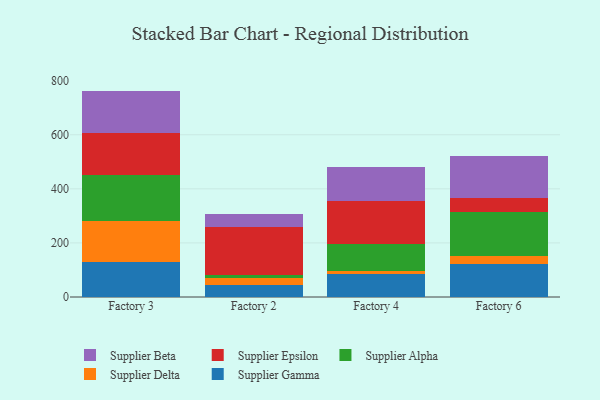
{"axis": {"x": "Factory", "y": "Energy Usage (MWh)"}, "legend": ["Supplier Alpha", "Supplier Beta", "Supplier Delta", "Supplier Epsilon", "Supplier Gamma"], "data": [{"x": "Factory 3", "y": 131.0, "type": "Supplier Gamma"}, {"x": "Factory 3", "y": 148.3, "type": "Supplier Delta"}, {"x": "Factory 3", "y": 170.2, "type": "Supplier Alpha"}, {"x": "Factory 3", "y": 156.3, "type": "Supplier Epsilon"}, {"x": "Factory 3", "y": 156.6, "type": "Supplier Beta"}, {"x": "Factory 2", "y": 43.8, "type": "Supplier Gamma"}, {"x": "Factory 2", "y": 25.3, "type": "Supplier Delta"}, {"x": "Factory 2", "y": 12.7, "type": "Supplier Alpha"}, {"x": "Factory 2", "y": 176.4, "type": "Supplier Epsilon"}, {"x": "Factory 2", "y": 47.0, "type": "Supplier Beta"}, {"x": "Factory 4", "y": 84.5, "type": "Supplier Gamma"}, {"x": "Factory 4", "y": 10.9, "type": "Supplier Delta"}, {"x": "Factory 4", "y": 100.1, "type": "Supplier Alpha"}, {"x": "Factory 4", "y": 160.4, "type": "Supplier Epsilon"}, {"x": "Factory 4", "y": 125.5, "type": "Supplier Beta"}, {"x": "Factory 6", "y": 122.8, "type": "Supplier Gamma"}, {"x": "Factory 6", "y": 27.1, "type": "Supplier Delta"}, {"x": "Factory 6", "y": 165.5, "type": "Supplier Alpha"}, {"x": "Factory 6", "y": 51.0, "type": "Supplier Epsilon"}, {"x": "Factory 6", "y": 154.0, "type": "Supplier Beta"}]}